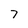
Character: 7